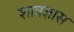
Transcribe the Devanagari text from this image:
शात्रज्ञास